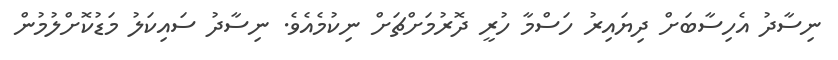
ނިސާދު އެހިސާބަށް ދިޔައިރު ހަސްމާ ހުރީ ދޮރުމަށްޗަށް ނިކުމެއެވެ. ނިސާދު ސައިކަލު މަޑުކޮށްލުމުން